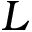
\boldsymbol { L }